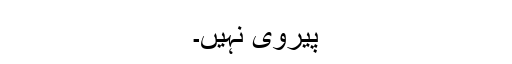
پیروی نہیں۔